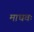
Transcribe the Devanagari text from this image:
माधवः